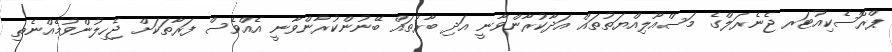
ޕްރޮސެކިއުޓަރ ޖެނެރަލްގެ މަސްއޫލިއްޔަތުތައް އަދާކުރާންވާނީ އަދި ބާރުތައް ބޭނުންކުރާންވާނީ އެއްވެސް ފަރާތަކަށް ޖެހިލުންވުމެއްނެތި